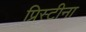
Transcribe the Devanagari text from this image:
प्रिस्टीना